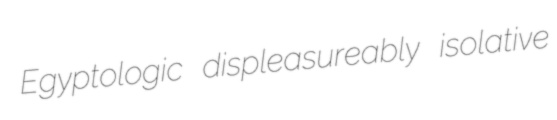
Egyptologic displeasureably isolative